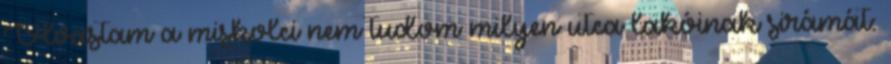
Olvastam a miskolci nem tudom milyen utca lakóinak sirámát: